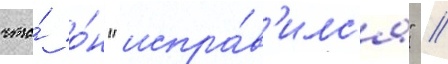
что́ о́н "испра́в'илс'я" //